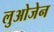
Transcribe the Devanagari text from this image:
लुओजेन